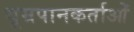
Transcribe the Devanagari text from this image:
धूम्रपानकर्ताओं